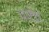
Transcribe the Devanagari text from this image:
वाटेंत